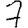
Digit: 7